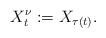
LaTeX: \begin{align*}X^\nu_{t}:=X_{\tau(t)}.\end{align*}